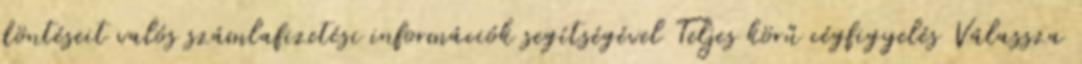
döntéseit valós számlafizetési információk segítségével Teljes körű cégfigyelés Válassza